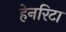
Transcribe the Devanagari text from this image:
हेनरिटा